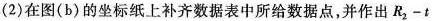
(2)在图(b)的坐标纸上补齐数据表中所给数据点，并作出R_{2}-t